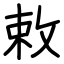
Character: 敕